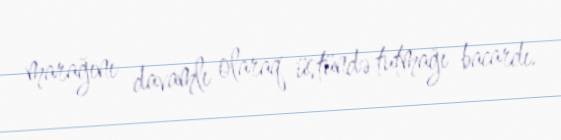
marağını davamlı olaraq üstündə tutmağı bacardı.